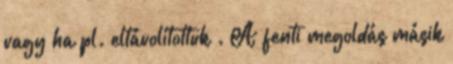
vagy ha pl. eltávolítottuk . A fenti megoldás másik